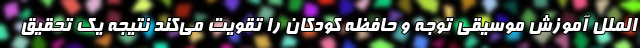
الملل آموزش موسیقی توجه و حافظه کودکان را تقویت می‌کند نتیجه یک تحقیق